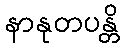
နာနုတပန္တိ